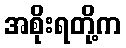
အစိုးရတို့က